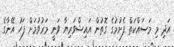
އަދި މި މަަސައްކަތް ފެށުމުގެ ގޮތުން އައިޝްވަރިޔާ ވަނީ މަރުވުމަށް ފަހު އޭނާގެ